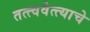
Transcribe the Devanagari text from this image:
तत्त्ववेत्त्याचे